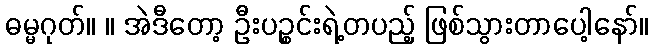
ဓမ္မဂုတ်။ ။ အဲဒီတော့ ဦးပဉ္စင်းရဲ့တပည့် ဖြစ်သွားတာပေါ့နော်။